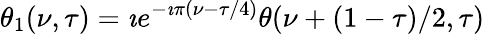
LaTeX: \theta_{1}(\nu,\tau)=\imath e^{-\imath\pi(\nu-\tau/4)}\theta(\nu+(1-\tau)/2,\tau)